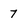
Character: 7